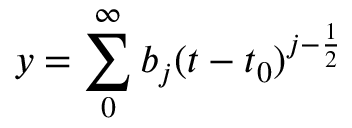
y = \sum _ { 0 } ^ { \infty } b _ { j } ( t - t _ { 0 } ) ^ { j - \frac { 1 } { 2 } }